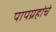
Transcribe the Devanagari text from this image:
पापग्रहांचे